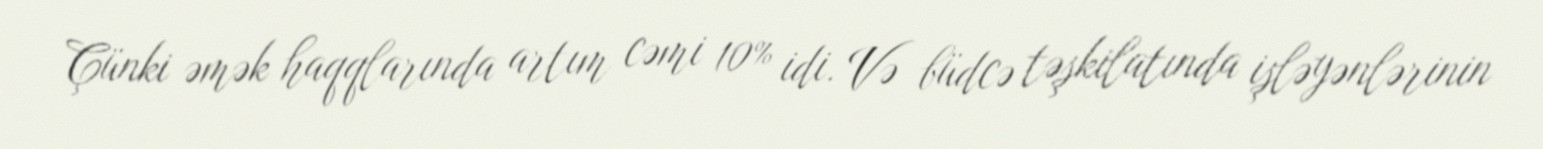
Çünki əmək haqqlarında artım cəmi 10% idi. Və büdcə təşkilatında işləyənlərinin